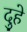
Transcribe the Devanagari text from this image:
दुहे